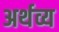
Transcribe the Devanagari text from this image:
अर्थव्य